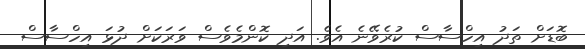
ބޮޑަށް ތަދު އިހްސާސް ކުރެވޭނެ އެވެ. އަދި ކޮންމެވެސް ވަރަކަށް ދުޅަ އިހްސާސް